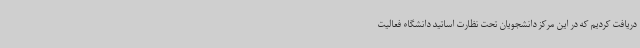
دریافت کردیم که در این مرکز دانشجویان تحت نظارت اساتید دانشگاه فعالیت